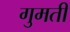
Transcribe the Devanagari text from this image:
गुमती